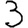
Digit: 3